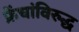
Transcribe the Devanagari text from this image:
फ्रेंचांविरुद्ध